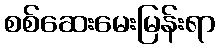
စစ်ဆေးမေးမြန်းရာ